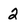
Character: 2